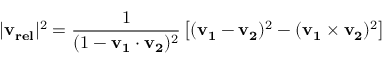
| \mathbf { v _ { r e l } } | ^ { 2 } = { \frac { 1 } { ( 1 - \mathbf { v _ { 1 } } \cdot \mathbf { v _ { 2 } } ) ^ { 2 } } } \left[ ( \mathbf { v _ { 1 } } - \mathbf { v _ { 2 } } ) ^ { 2 } - ( \mathbf { v _ { 1 } } \times \mathbf { v _ { 2 } } ) ^ { 2 } \right]